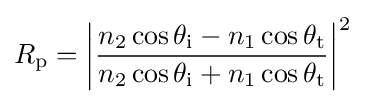
R_{\text{p}}=\left|{\frac {n_{2}\cos \theta _{\text{i}}-n_{1}\cos \theta _{\text{t}}}{n_{2}\cos \theta _{\text{i}}+n_{1}\cos \theta _{\text{t}}}}\right|^{2}